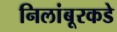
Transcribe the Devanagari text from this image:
निलांबूरकडे